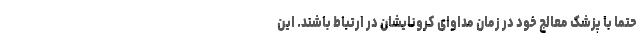
حتما با پزشک معالج خود در زمان مداوای کرونایشان در ارتباط باشند. این